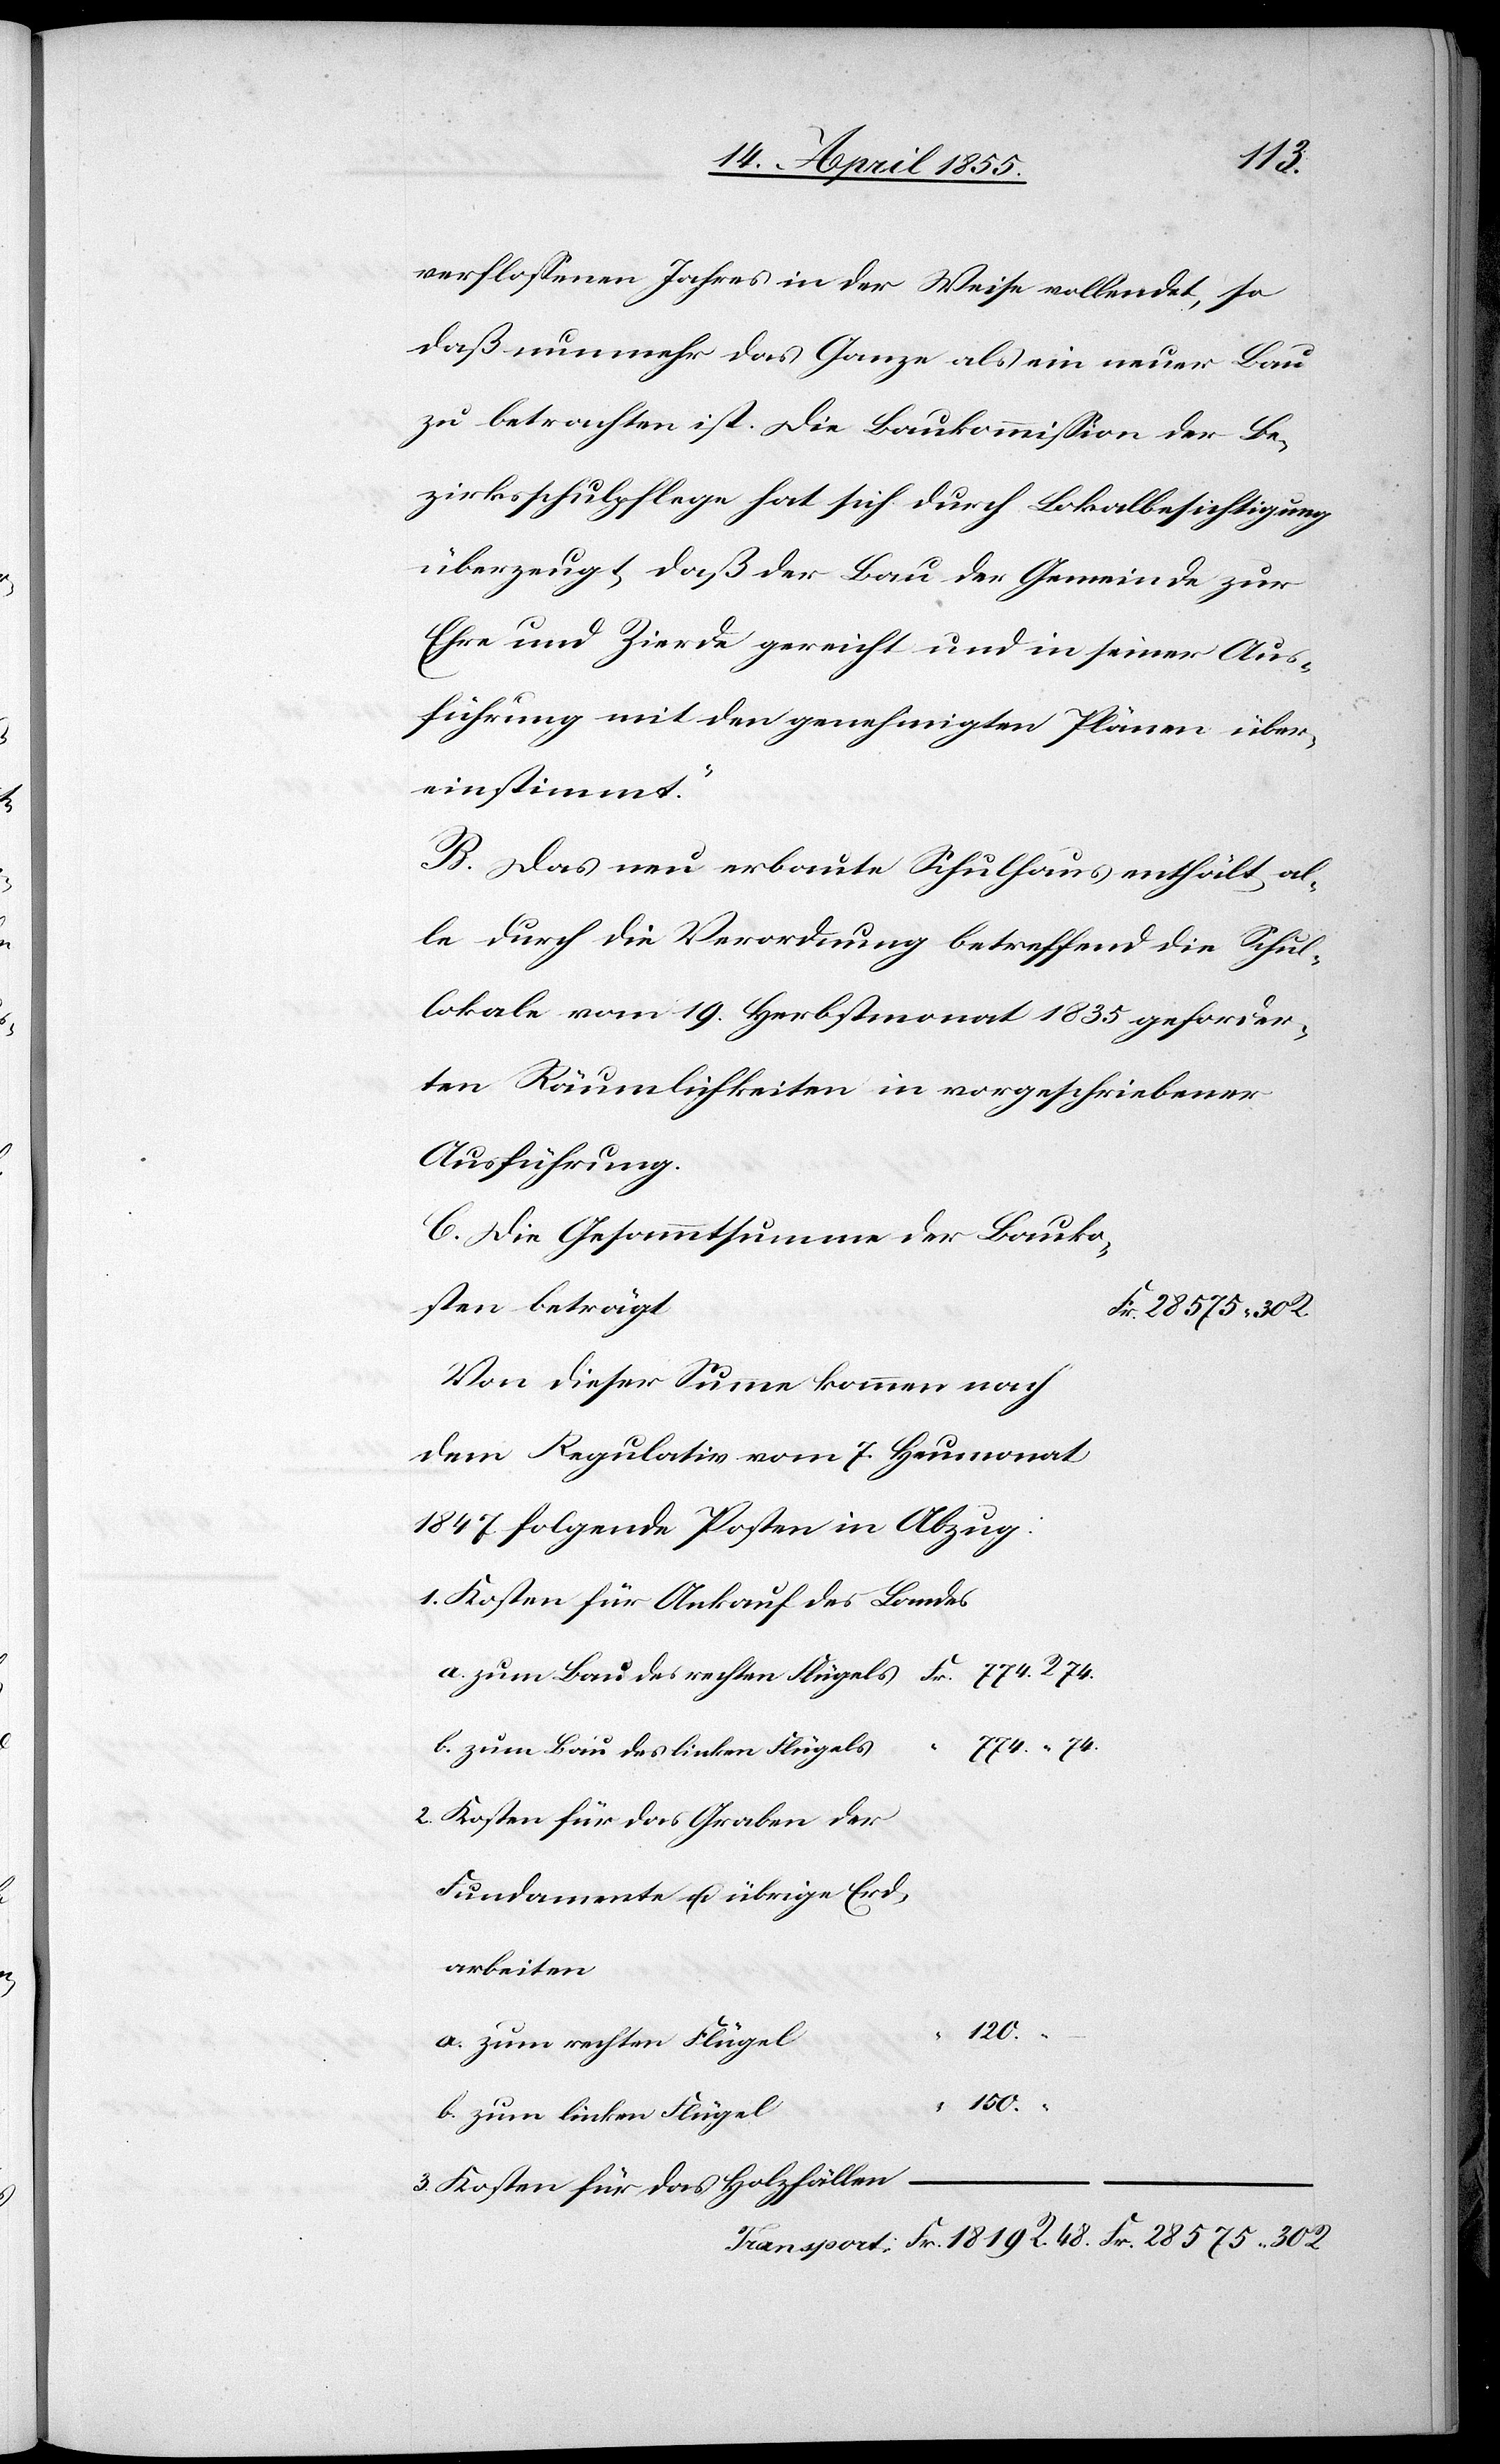
Erd¬
verflossenen Jahres in der Weise vollendet, so
daß nunmehr das Ganze als ein neuer Bau
zu betrachten ist. Die Baukommission der Be¬
zirksschulpflege hat sich durch Lokalbesichtigung
überzeugt, daß der Bau der Gemeinde zur
Ehre und Zierde gereicht und in seiner Aus¬
führung mit den genehmigten Plänen über¬
einstimmt.“
B. Das neu erbaute Schulhaus enthält al¬
le durch die Verordnung betreffend die Schul¬
lokale vom 19. Herbstmonat 1835 geforder¬
ten Räumlichkeiten in vorgeschriebener
Ausführung.
C. Die Gesammtsumme der Bauko¬
sten beträgt
Fr. 28 575. 30 R.
Von dieser Summe kommen nach
dem Regulativ vom 7. Heumonat
1847 folgende Posten in Abzug:
1. Kosten für Ankauf des Landes
150. “ –
b. zum Bau des linken Flügels
2. Kosten für das Graben der
Fundamente u. übrige
arbeiten
a. zum rechten Flügel
120.
b. zum linken Flügel
3. Kosten für das Holzfällen